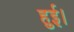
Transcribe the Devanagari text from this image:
हुई़़।